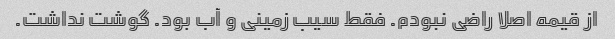
از قیمه اصلا راضی نبودم. فقط سیب زمینی و آب بود. گوشت نداشت.